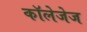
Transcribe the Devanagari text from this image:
कॉलेजेज